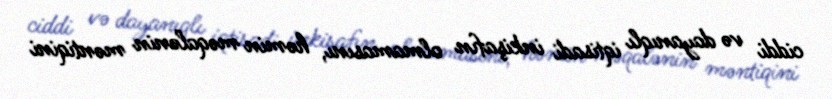
ciddi və dayanıqlı iqtisadi inkişafın olmamasını, həmin məqalənin məntiqini